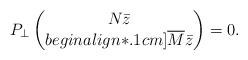
LaTeX: \begin{align*}P_{\perp}\begin{pmatrix} N \bar{z} \\begin{align*}.1cm] \overline{M} \bar{z} \end{pmatrix} = 0.\end{align*}